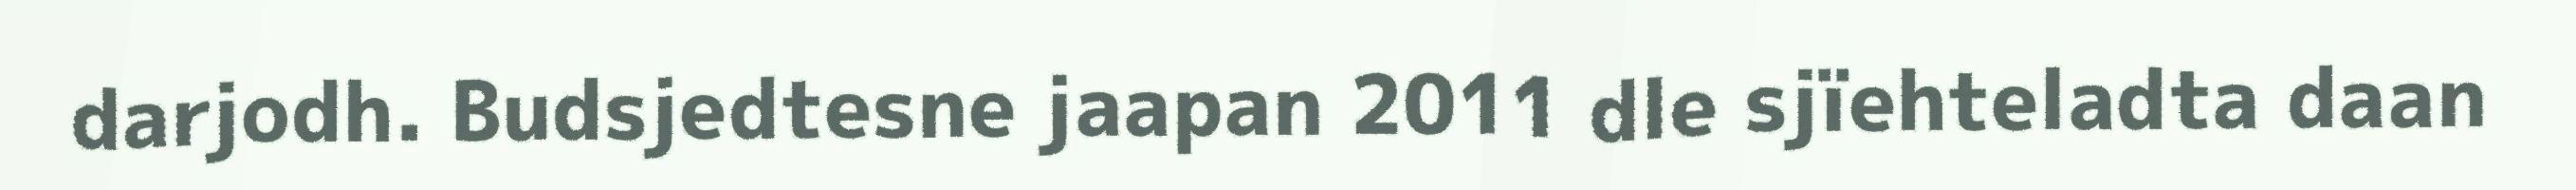
darjodh. Budsjedtesne jaapan 2011 dle sjïehteladta daan